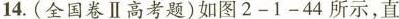
14.(全国卷Ⅱ高考题)如图2-1-44所示，直